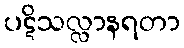
ပဋိသလ္လာနရတာ